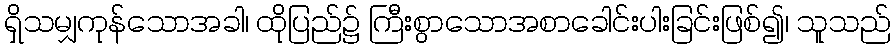
ရှိသမျှကုန်သောအခါ၊ ထိုပြည်၌ ကြီးစွာသောအစာခေါင်းပါးခြင်းဖြစ်၍၊ သူသည်